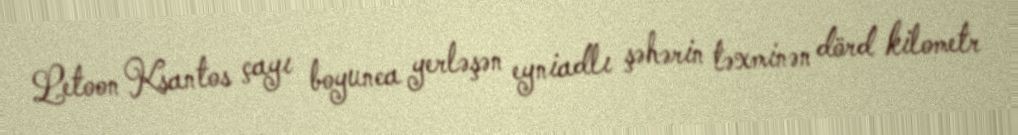
Letoon Ksantos çayı boyunca yerləşən eyniadlı şəhərin təxminən dörd kilometr